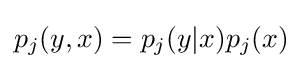
p_{j}(y,x)=p_{j}(y|x)p_{j}(x)